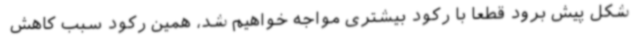
شکل پیش برود قطعا با رکود بیشتری مواجه خواهیم شد، همین رکود سبب کاهش